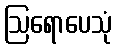
ဩရောပေသုံ